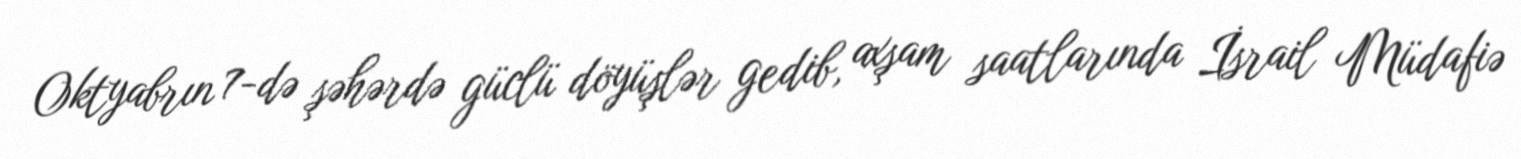
Oktyabrın 7-də şəhərdə güclü döyüşlər gedib, axşam saatlarında İsrail Müdafiə